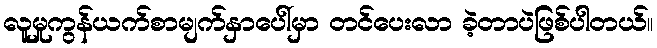
လူမှုကွန်ယက်စာမျက်နှာပေါ်မှာ တင်ပေးလာ ခဲ့တာပဲဖြစ်ပါတယ်။